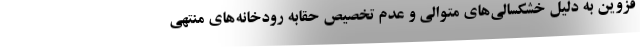
قزوین به‌ دلیل خشکسالی‌های متوالی و عدم تخصیص حقابه رودخانه‌های منتهی